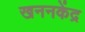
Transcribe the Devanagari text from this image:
खननकेंद्र